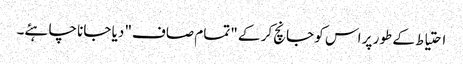
احتیاط کے طور پر اس کو جانچ کر کے "تمام صاف" دیا جانا چاہئے۔